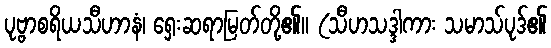
ပုဗ္ဗာစရိယသီဟာနံ၊ ရှေးဆရာမြတ်တို့၏။ (သီဟသဒ္ဒါကား သမာသ်ပုဒ်၏